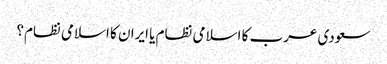
سعودی عرب کا اسلامی نظام یا ایران کا اسلامی نظام؟